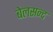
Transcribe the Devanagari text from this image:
बेलसन्द